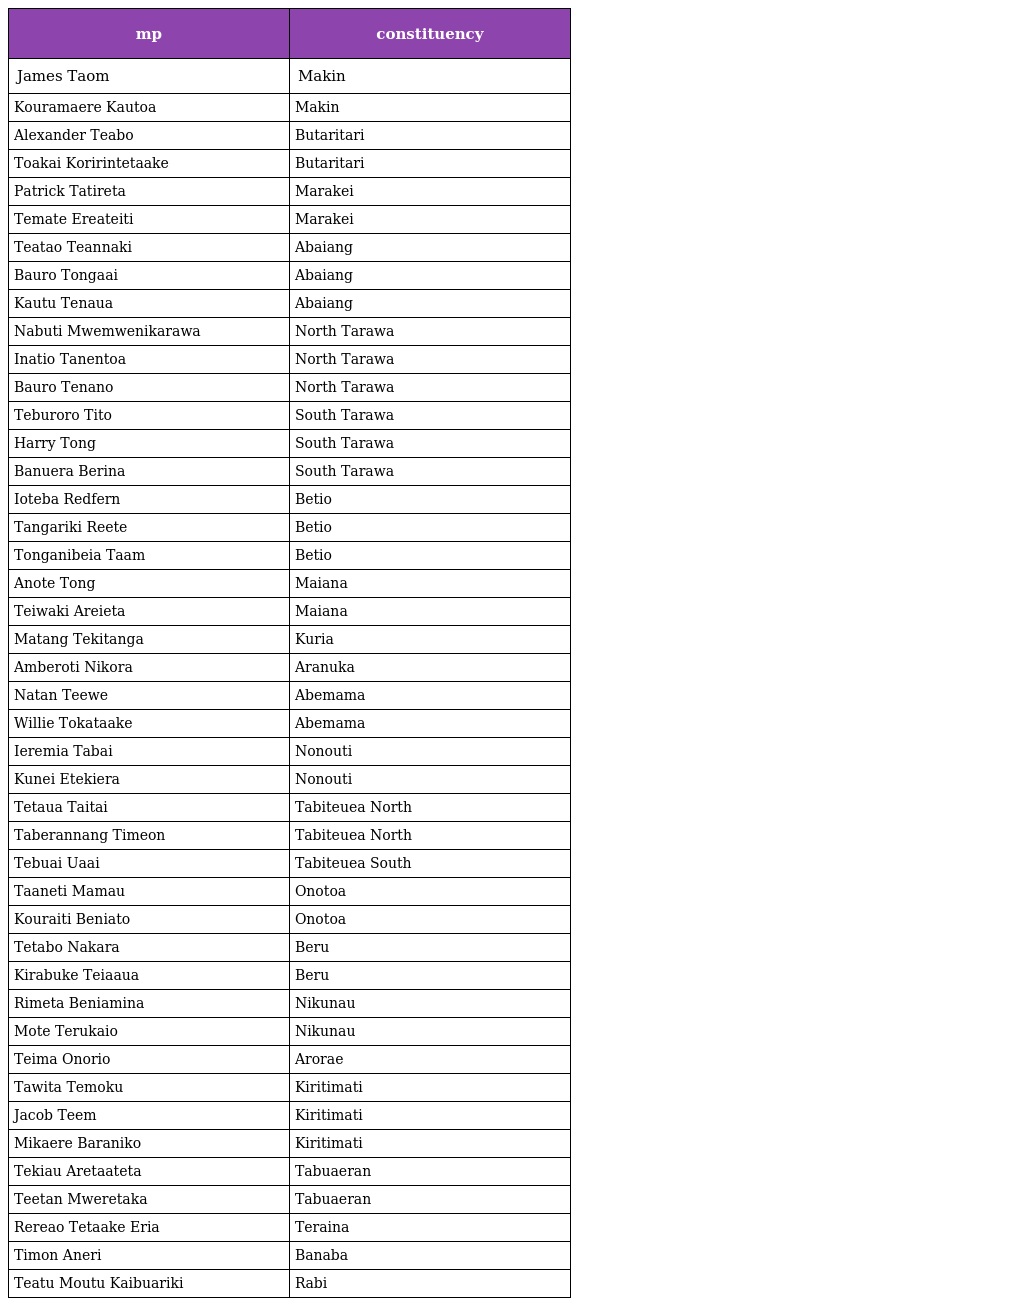
| mp | constituency |
 | --- | --- |
 | James Taom | Makin |
 | Kouramaere Kautoa | Makin |
 | Alexander Teabo | Butaritari |
 | Toakai Koririntetaake | Butaritari |
 | Patrick Tatireta | Marakei |
 | Temate Ereateiti | Marakei |
 | Teatao Teannaki | Abaiang |
 | Bauro Tongaai | Abaiang |
 | Kautu Tenaua | Abaiang |
 | Nabuti Mwemwenikarawa | North Tarawa |
 | Inatio Tanentoa | North Tarawa |
 | Bauro Tenano | North Tarawa |
 | Teburoro Tito | South Tarawa |
 | Harry Tong | South Tarawa |
 | Banuera Berina | South Tarawa |
 | Ioteba Redfern | Betio |
 | Tangariki Reete | Betio |
 | Tonganibeia Taam | Betio |
 | Anote Tong | Maiana |
 | Teiwaki Areieta | Maiana |
 | Matang Tekitanga | Kuria |
 | Amberoti Nikora | Aranuka |
 | Natan Teewe | Abemama |
 | Willie Tokataake | Abemama |
 | Ieremia Tabai | Nonouti |
 | Kunei Etekiera | Nonouti |
 | Tetaua Taitai | Tabiteuea North |
 | Taberannang Timeon | Tabiteuea North |
 | Tebuai Uaai | Tabiteuea South |
 | Taaneti Mamau | Onotoa |
 | Kouraiti Beniato | Onotoa |
 | Tetabo Nakara | Beru |
 | Kirabuke Teiaaua | Beru |
 | Rimeta Beniamina | Nikunau |
 | Mote Terukaio | Nikunau |
 | Teima Onorio | Arorae |
 | Tawita Temoku | Kiritimati |
 | Jacob Teem | Kiritimati |
 | Mikaere Baraniko | Kiritimati |
 | Tekiau Aretaateta | Tabuaeran |
 | Teetan Mweretaka | Tabuaeran |
 | Rereao Tetaake Eria | Teraina |
 | Timon Aneri | Banaba |
 | Teatu Moutu Kaibuariki | Rabi |